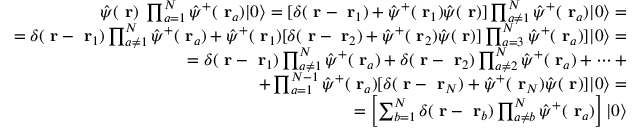
\begin{array} { r l r } & { } & { \hat { \psi } ( \mathrm { \bf ~ r } ) \; \prod _ { a = 1 } ^ { N } \hat { \psi } ^ { + } ( \mathrm { \bf ~ r } _ { a } ) | 0 \rangle = [ \delta ( \mathrm { \bf ~ r } - \mathrm { \bf ~ r } _ { 1 } ) + \hat { \psi } ^ { + } ( \mathrm { \bf ~ r } _ { 1 } ) \hat { \psi } ( \mathrm { \bf ~ r } ) ] \prod _ { a \ne 1 } ^ { N } \hat { \psi } ^ { + } ( \mathrm { \bf ~ r } _ { a } ) | 0 \rangle = } \\ & { } & { = \delta ( \mathrm { \bf ~ r } - \mathrm { \bf ~ r } _ { 1 } ) \prod _ { a \ne 1 } ^ { N } \hat { \psi } ^ { + } ( \mathrm { \bf ~ r } _ { a } ) + \hat { \psi } ^ { + } ( \mathrm { \bf ~ r } _ { 1 } ) [ \delta ( \mathrm { \bf ~ r } - \mathrm { \bf ~ r } _ { 2 } ) + \hat { \psi } ^ { + } ( \mathrm { \bf ~ r } _ { 2 } ) \hat { \psi } ( \mathrm { \bf ~ r } ) ] \prod _ { a = 3 } ^ { N } \hat { \psi } ^ { + } ( \mathrm { \bf ~ r } _ { a } ) ] | 0 \rangle = } \\ & { } & { = \delta ( \mathrm { \bf ~ r } - \mathrm { \bf ~ r } _ { 1 } ) \prod _ { a \ne 1 } ^ { N } \hat { \psi } ^ { + } ( \mathrm { \bf ~ r } _ { a } ) + \delta ( \mathrm { \bf ~ r } - \mathrm { \bf ~ r } _ { 2 } ) \prod _ { a \ne 2 } ^ { N } \hat { \psi } ^ { + } ( \mathrm { \bf ~ r } _ { a } ) + \dots + } \\ & { } & { + \prod _ { a = 1 } ^ { N - 1 } \hat { \psi } ^ { + } ( \mathrm { \bf ~ r } _ { a } ) [ \delta ( \mathrm { \bf ~ r } - \mathrm { \bf ~ r } _ { N } ) + \hat { \psi } ^ { + } ( \mathrm { \bf ~ r } _ { N } ) \hat { \psi } ( \mathrm { \bf ~ r } ) ] | 0 \rangle = } \\ & { } & { \; \; \; \; \; \; \; \; \; \; \; \; \; \; \; \; \; \; \; \; \; = \left[ \sum _ { b = 1 } ^ { N } \delta ( \mathrm { \bf ~ r } - \mathrm { \bf ~ r } _ { b } ) \prod _ { a \ne b } ^ { N } \hat { \psi } ^ { + } ( \mathrm { \bf ~ r } _ { a } ) \right] | 0 \rangle } \end{array}